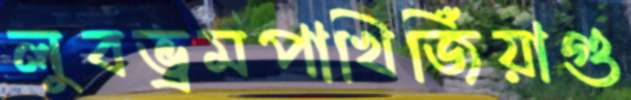
লুবভ্রমপাখিজিঁয়াগু